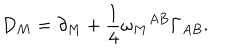
LaTeX: D _ { M } = \partial _ { M } + \frac { 1 } { 4 } \omega _ { M } { } ^ { A B } \Gamma _ { A B } .